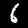
Label: 6